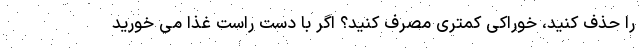
را حذف کنید، خوراکی کمتری مصرف کنید؟ اگر با دست راست غذا می خورید